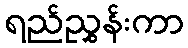
ရည်ညွှန်းကာ